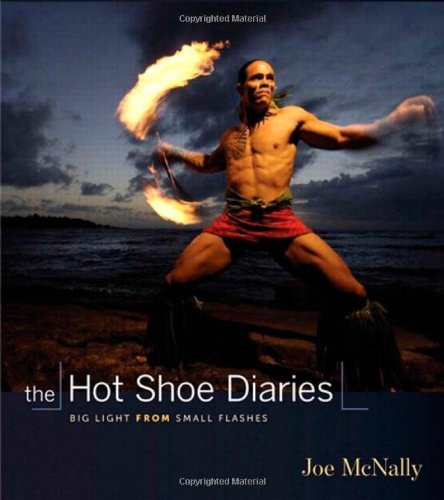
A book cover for The Hot Shoe Diaries: Big Light from Small Flashes; Joe McNally; Computers & Technology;